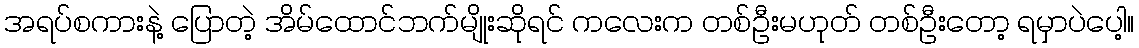
အရပ်စကားနဲ့ ပြောတဲ့ အိမ်ထောင်ဘက်မျိုးဆိုရင် ကလေးက တစ်ဦးမဟုတ် တစ်ဦးတော့ ရမှာပဲပေါ့။